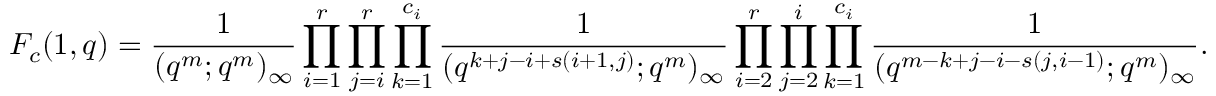
F _ { c } ( 1 , q ) = \frac { 1 } { ( q ^ { m } ; q ^ { m } ) _ { \infty } } \prod _ { i = 1 } ^ { r } \prod _ { j = i } ^ { r } \prod _ { k = 1 } ^ { c _ { i } } \frac { 1 } { ( q ^ { k + j - i + s ( i + 1 , j ) } ; q ^ { m } ) _ { \infty } } \prod _ { i = 2 } ^ { r } \prod _ { j = 2 } ^ { i } \prod _ { k = 1 } ^ { c _ { i } } \frac { 1 } { ( q ^ { m - k + j - i - s ( j , i - 1 ) } ; q ^ { m } ) _ { \infty } } .